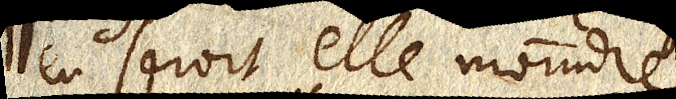
en seroit elle moindre.